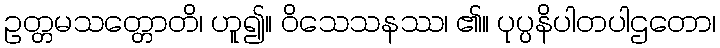
ဥတ္တမသတ္တောတိ၊ ဟူ၍။ ဝိသေသနဿ၊ ၏။ ပုပ္ပနိပါတပါဌတော၊